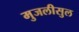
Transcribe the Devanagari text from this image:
मुजलीसुल